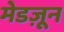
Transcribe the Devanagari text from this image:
मेडज़ून